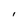
Character: I